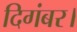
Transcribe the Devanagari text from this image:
दिगंबर।